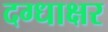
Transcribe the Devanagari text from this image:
दग्धाक्षर